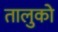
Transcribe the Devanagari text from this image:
तालुको